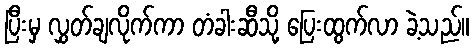
ပြီးမှ လွှတ်ချလိုက်ကာ တံခါးဆီသို့ ပြေးထွက်လာ ခဲ့သည်။